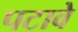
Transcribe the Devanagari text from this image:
पटावे